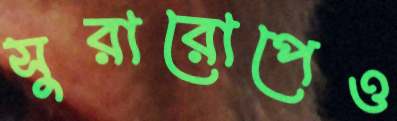
সুরারোপেও